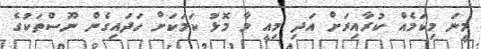
މީނަ މިކަމެއް ކުރާއިރަށް އަދި މިއީ މާ މޮޅު ކަމަކަށް ހަދައިގެން ނޫސްތަކުގެ